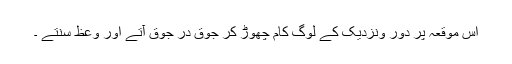
اس موقعہ پر دور ونزدیک کے لوگ کام چھوڑ کر جوق در جوق آتے اور وعظ سنتے ۔